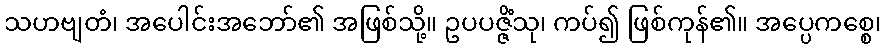
သဟဗျတံ၊ အပေါင်းအဘော်၏ အဖြစ်သို့။ ဥပပဇ္ဇိံသု၊ ကပ်၍ ဖြစ်ကုန်၏။ အပ္ပေကစ္စေ၊